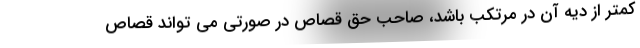
کمتر از دیه آن در مرتکب باشد، صاحب حق قصاص در صورتی می تواند قصاص